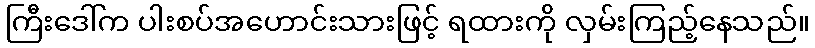
ကြီးဒေါ်က ပါးစပ်အဟောင်းသားဖြင့် ရထားကို လှမ်းကြည့်နေသည်။